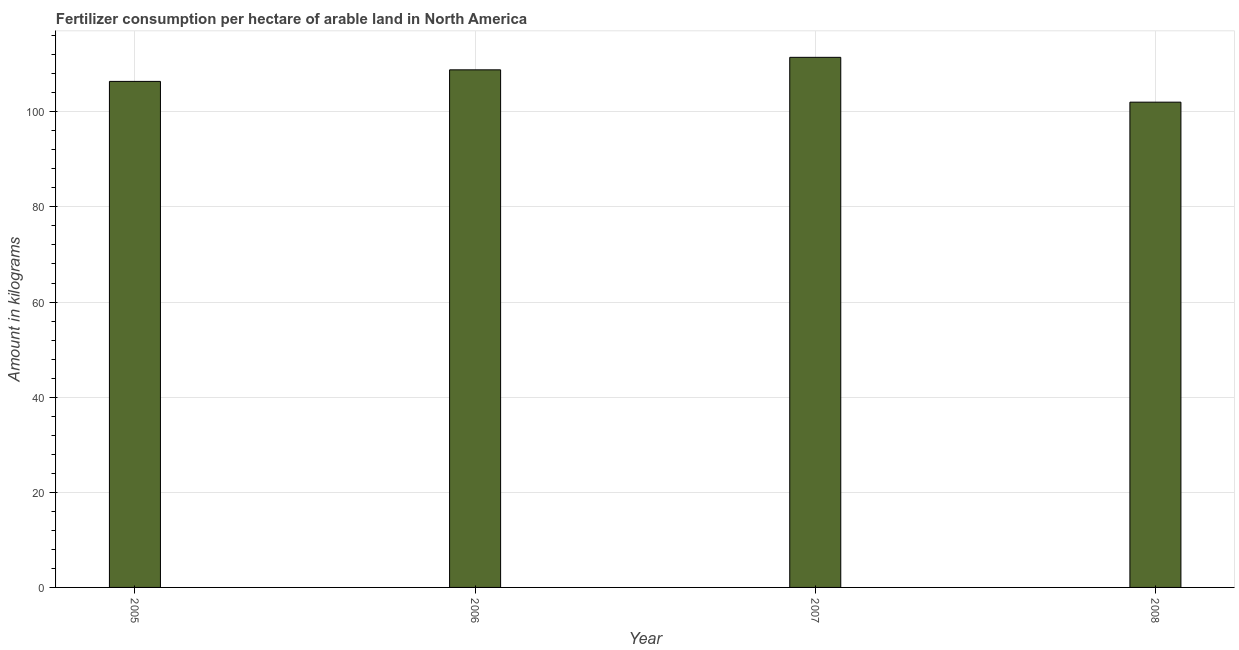
| Year | Fertilizer consumption |
 | --- | --- |
 | 2005 | 106 |
 | 2006 | 109 |
 | 2007 | 111 |
 | 2008 | 102 |